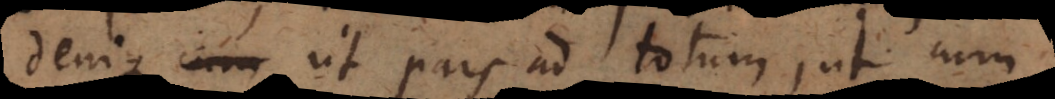
denique ut pars ad totum, ut cum